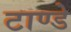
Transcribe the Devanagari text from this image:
टाण्डे